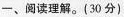
一、阅读理解。(30 分)